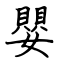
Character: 嬰